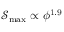
{ \mathcal { S } _ { \mathrm { m a x } } \propto \phi ^ { 1 . 9 } }